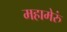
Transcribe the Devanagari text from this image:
महामेरुं